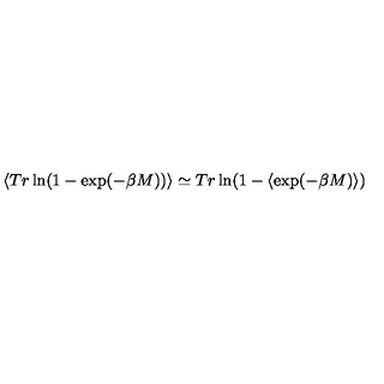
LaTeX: \langle T r \ln ( 1 - \exp ( - \beta M ) ) \rangle \simeq T r \ln ( 1 - \langle \exp ( - \beta M ) \rangle )